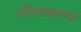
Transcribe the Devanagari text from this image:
गतिशास्त्राच्या